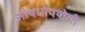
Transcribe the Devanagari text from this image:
औषधोपयोगी